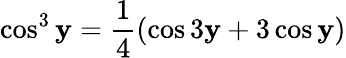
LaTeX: \cos^{3}\mathbf{y}=\frac{{1}}{{4}}(\cos3\mathbf{y}+3\cos\mathbf{y})